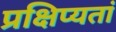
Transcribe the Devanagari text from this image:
प्रक्षिप्यतां